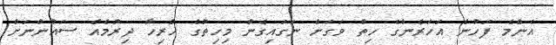
އެންމެ ފަހުން އަހަރެންގެ ހިތް ވަގަށް ނަގައިގެން މިހިތުގެ ހުރިހާ ދިރުމެއް ސައުންނަށް